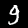
Label: 9